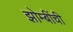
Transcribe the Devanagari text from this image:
झोम्बींची